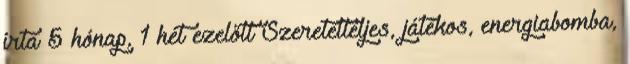
írta 5 hónap, 1 hét ezelőtt Szeretetteljes, játékos, energiabomba,